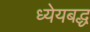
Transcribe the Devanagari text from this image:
ध्येयबद्ध